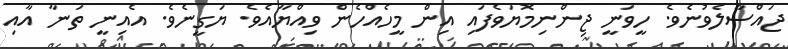
ޖައްސާލެވުނެވެ. ހީވަނީ ޖިންނިމޮޔަވެފައި އިން މީހެއްހެން ވިއްޔާއެވެ. ޔަގީނެވެ. އެއިނީ ތަނާ އާއި